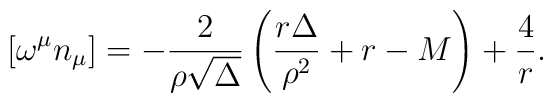
\left[\omega^{\mu}n_{\mu}\right]=-{2 \over \rho {\sqrt\Delta}} \left({r\Delta \over \rho^{2}} + r-M\right) + {4\over r}.